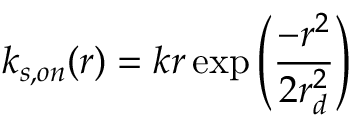
k _ { s , o n } ( r ) = k r \exp { \left( \frac { - r ^ { 2 } } { 2 r _ { d } ^ { 2 } } \right) }